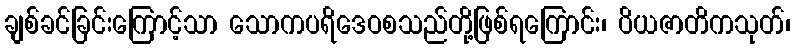
ချစ်ခင်ခြင်းကြောင့်သာ သောကပရိဒေဝစသည်တို့ဖြစ်ရကြောင်း၊ ပိယဇာတိကသုတ်၊